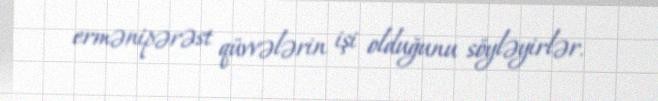
ermənipərəst qüvvələrin işi olduğunu söyləyirlər.